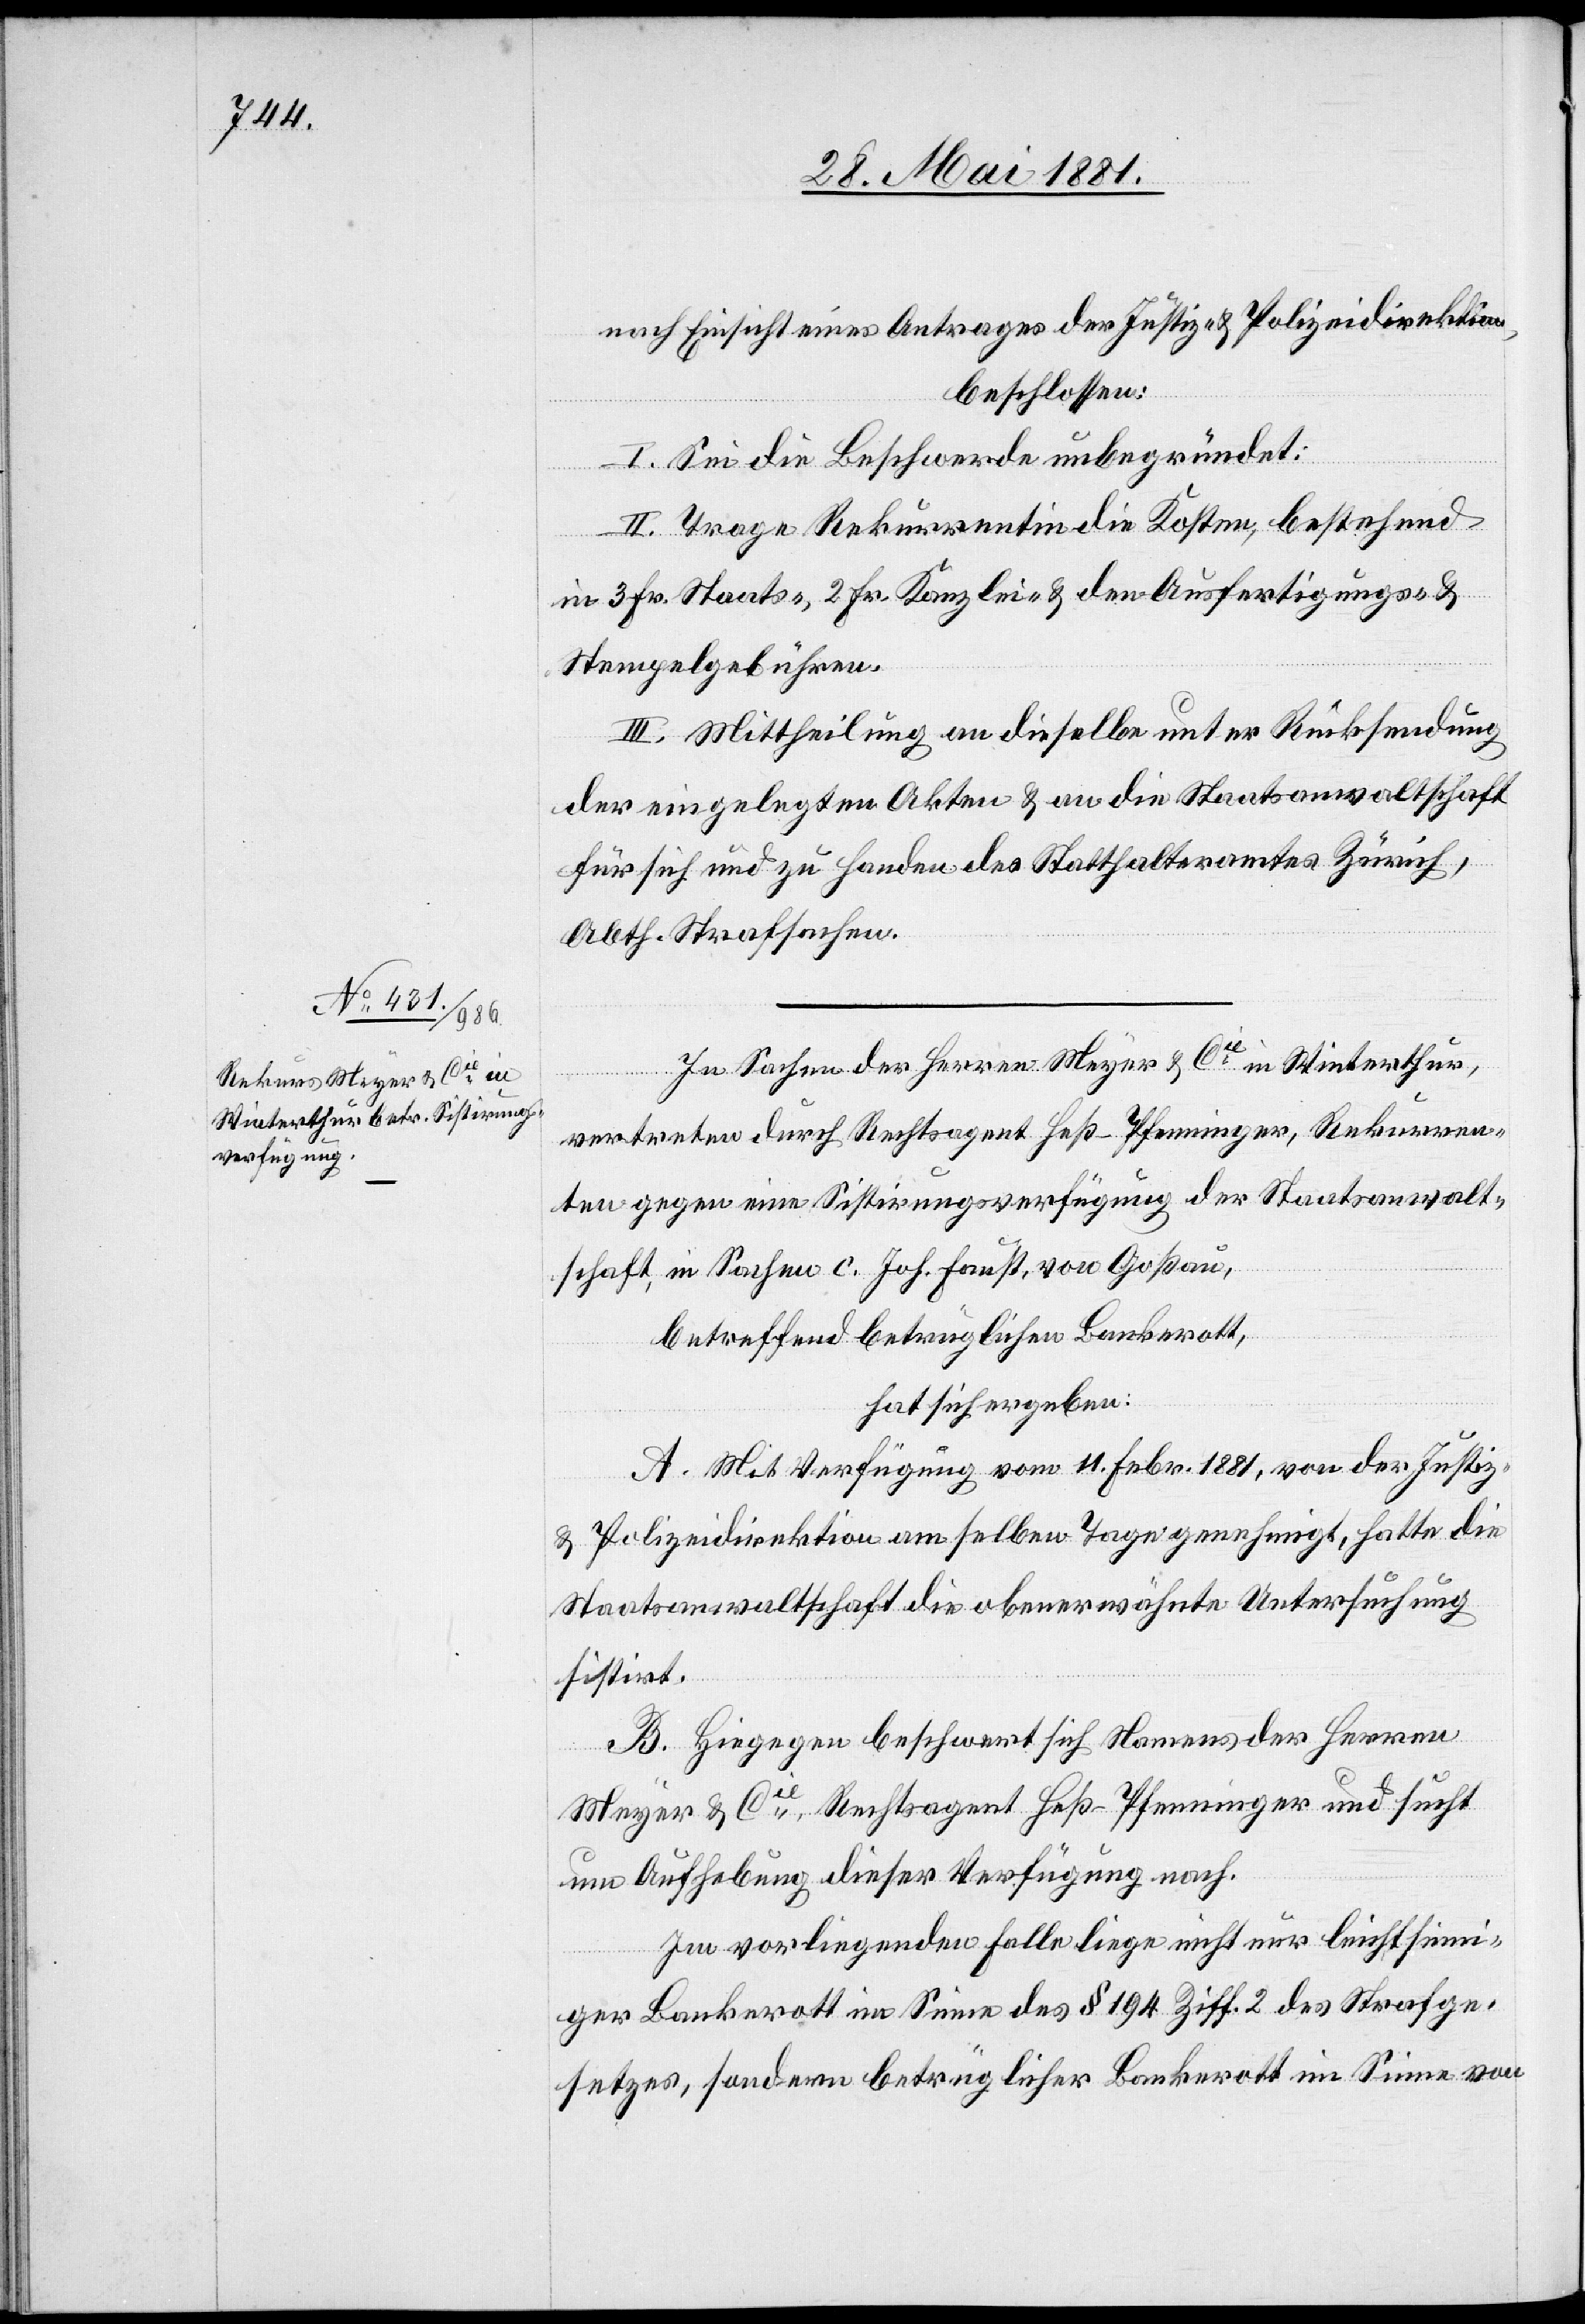
nach Einsicht eines Antrages der Justiz- & Polizeidirektion,
beschlossen:
I. Sei die Beschwerde unbegründet;
II. Trage Rekurrentin die Kosten, bestehend
in 3 Fr. Staats-, 2 Fr. Kanzlei- & den Ausfertigungs- &
Stempelgebühren.
III. Mittheilung an dieselbe unter Rücksendung
der eingelegten Akten & an die Staatsanwaltschaft
für sich und zu Handen des Statthalteramtes Zürich,
Abth. Strafsachen.
In Sachen der Herren Meyer & Cie in Winterthur,
vertreten durch Rechtsagent Heß-Pfenninger, Rekurren¬
ten gegen eine Sistirungsverfügung der Staatsanwalt¬
schaft, in Sachen C. Joh. Faust, von Goßau,
betreffend beträglichen Bankerott,
hat sich ergeben:
A. Mit Verfügung vom 11. Febr. 1881, von der Justiz-
& Polizeidirektion am selben Tage genehmigt, hatte die
Staatsanwaltschaft die oben erwähnte Untersuchung
sistirt.
B. Hiegegen beschwert sich Namens der Herren
Meyer & Cie Rechtsagent Heß-Pfenninger und sucht
um Aufhebung dieser Verfügung nach.
Im vorliegenden Falle liege nicht nur leichtsinn¬
iger Bankerott im Sinne des § 194 Ziff. 2 des Strafge¬
setzes, sondern beträglicher Bankerott im Sinne von